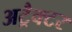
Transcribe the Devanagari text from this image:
अट्रैक्टर